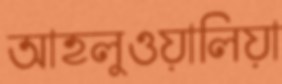
আহলুওয়ালিয়া